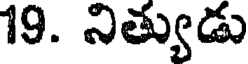
19. నిత్యుడు